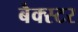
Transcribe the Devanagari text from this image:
बैक्स्टर